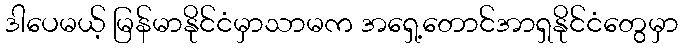
ဒါပေမယ့် မြန်မာနိုင်ငံမှာသာမက အရှေ့တောင်အာရှနိုင်ငံတွေမှာ